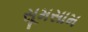
સૂમસામ